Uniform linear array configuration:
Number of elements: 12
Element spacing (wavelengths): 1
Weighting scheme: blackman
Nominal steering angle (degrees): -60
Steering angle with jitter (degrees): -58.036
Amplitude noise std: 0.05
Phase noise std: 0.05

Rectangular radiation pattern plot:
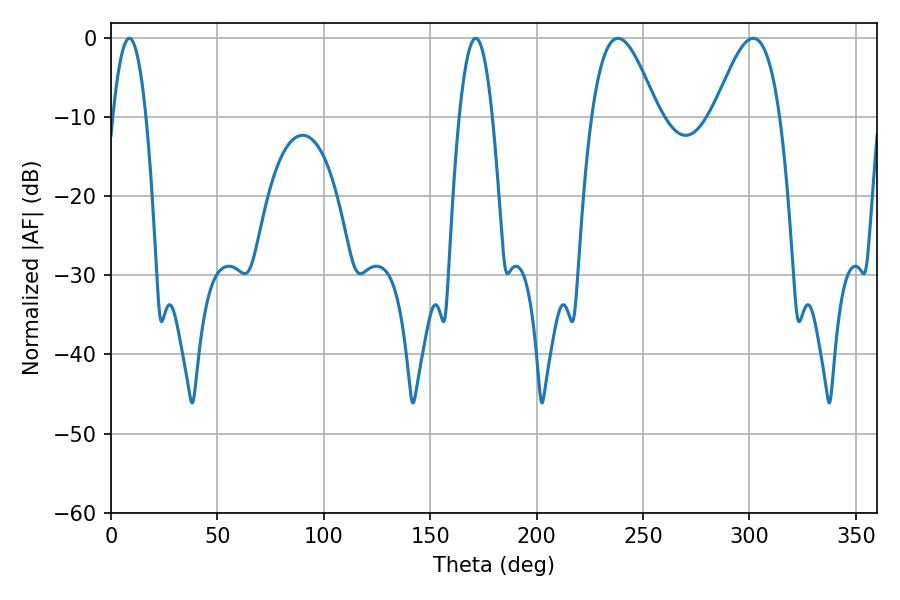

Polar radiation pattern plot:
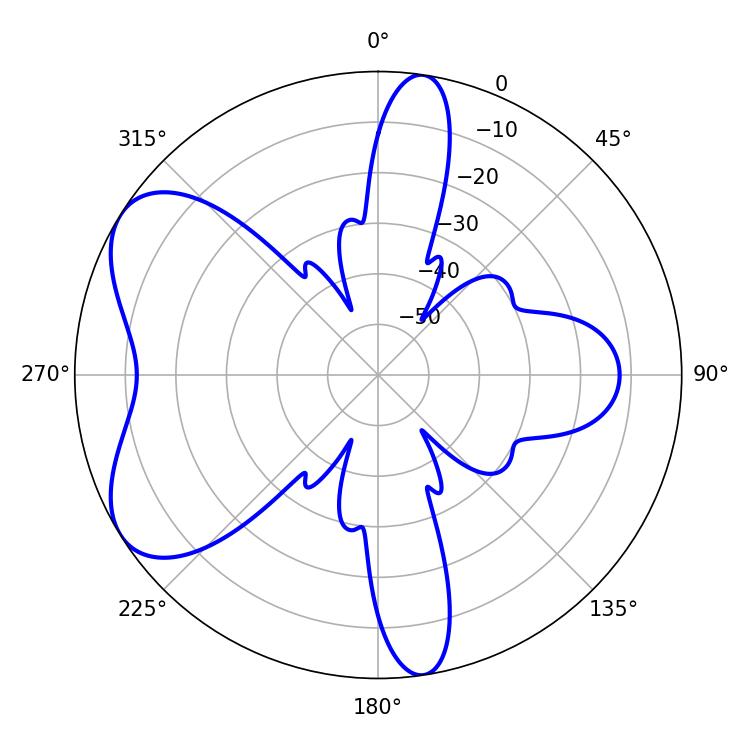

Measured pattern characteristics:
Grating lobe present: TRUE
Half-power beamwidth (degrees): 8.64
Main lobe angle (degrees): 8.64